Annual statistical returns and brief notes on vaccination in Bengal - 1909-1929
Year: 1909
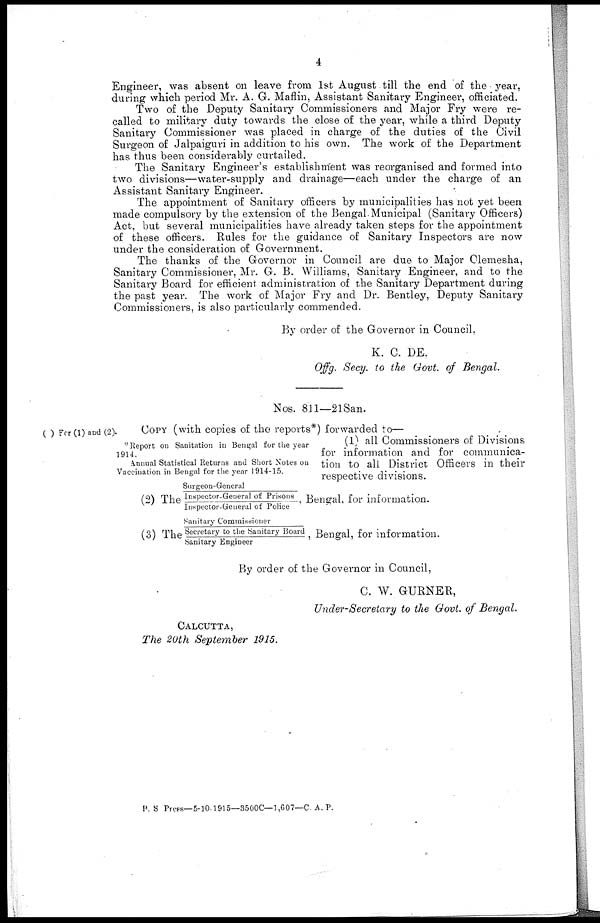
4
Engineer, was absent on leave from 1st August till the end of the year,
during which period Mr. A. G. Maflin, Assistant Sanitary Engineer, officiated.
Two of the Deputy Sanitary Commissioners and Major Fry were re-
called to military duty towards the close of the year, while a third Deputy
Sanitary Commissioner was placed in charge of the duties of the Civil
Surgeon of Jalpaiguri in addition to his own. The work of the Department
has thus been considerably curtailed.
The Sanitary Engineer's establishment was reorganised and formed into
two divisions—water-supply and drainage—each under the charge of an
Assistant Sanitary Engineer.
The appointment of Sanitary officers by municipalities has not yet been
made compulsory by the extension of the Bengal Municipal (Sanitary Officers)
Act, but several municipalities have already taken steps for the appointment
of these officers. Rules for the guidance of Sanitary Inspectors are now
under the consideration of Government.
The thanks of the Governor in Council are due to Major Clemesha,
Sanitary Commissioner, Mr. G. B. Williams, Sanitary Engineer, and to the
Sanitary Board for efficient administration of the Sanitary Department during
the past year. The work of Major Fry and Dr. Bentley, Deputy Sanitary
Commissioners, is also particularly commended.
By order of the Governor in Council,
K. C. DE,
Offg. Secy. to the Govt. of Bengal.
Nos. 811—21San.
( ) For (1) and (2).
COPY (with copies of the reports*) forwarded to—
* Report on Sanitation in Bengal for the year
1914.
Annual Statistical Returns and Short Notes on
Vaccination in Bengal for the year 1914-15.
(1) all Commissioners of Divisions
for information and for communica-
tion to all District Officers in their
respective divisions.
(2) The
Surgeon-General
Inspector-General of Prisons
Inspector-General of Police
Bengal, for information.
(3) The
Sanitary Commissioner
Secretary to the Sanitary Board
Sanitary Engineer
'
Bengal, for information.
By order of the Governor in Council,
C. W. GURNER,
Under-Secretary to the Govt. of Bengal.
CALCUTTA,
The 20th September 1915.
P. S Press—5-10-1915—3500C—1,607—C. A. P.